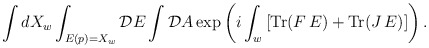
\begin{align*}\int dX_w \int_{E(p)=X_w} {\cal D}E \int {\cal D}A\exp\left( i\int_{w}\left[{\rm Tr}(F\,E)+{\rm Tr}(J\,E)\right]\right).\end{align*}